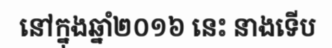
នៅក្នុងឆ្នាំ២០១៦ នេះ នាងទើប